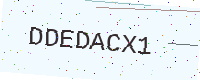
Text: DDEDACX1